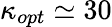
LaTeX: \kappa_{opt}\simeq 30